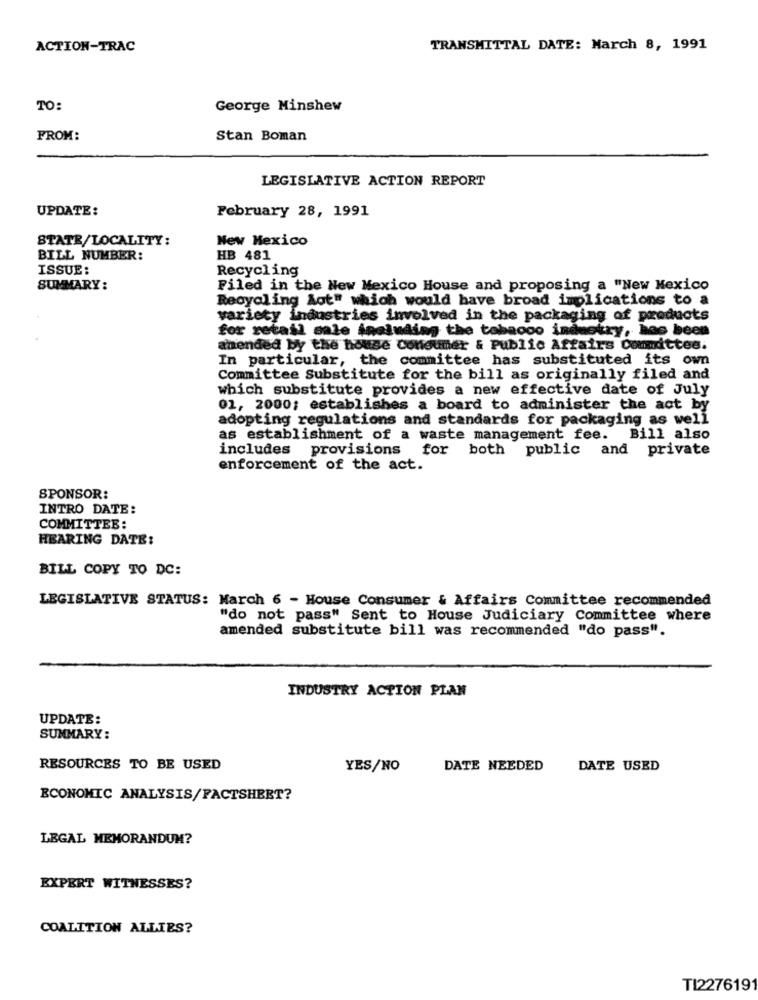
ACTION-TRAC
TRANSMITTAL DATE: March 8, 1991
TO:
George Minshew
FROM:
Stan Boman
LEGISLATIVE ACTION REPORT
UPDATE:
February 28, 1991
STATR/LOCALITY:
New Mexico
BILL NUMBER:
HB 481
ISSUE:
Recycling
SUMMARY:
Filed in the New Mexico House and proposing a "New Mexico
Recycling Aot" which would have broad implications to a
variety industries involved in the packaging of products
for retail sale ineluding the tabaooo industry, has been
amended by the house Consumer & Public Affairs Committee.
In particular, the committee has substituted its own
Committee Substitute for the bill as originally filed and
which substitute provides a new effective date of July
01, 2000; establishes a board to administer the act by
adopting regulations and standards for packaging as well
as establishment of a waste management fee. Bill also
includes provisions for both public and private
enforcement of the act.
SPONSOR:
INTRO DATE:
COMMITTEE:
HEARING DATE:
BILL COPY TO DC:
LEGISLATIVE STATUS: March 6 - House Consumer & Affairs Committee recommended
"do not pass" Sent to House Judiciary Committee where
amended substitute bill was recommended "do pass".
INDUSTRY ACTION PLAN
UPDATE:
SUMMARY:
RESOURCES TO BE USED
YES/NO
DATE NEEDED
DATE USED
ECONOMIC ANALYSIS/FACTSHEET?
LEGAL MEMORANDUM?
EXPERT WITNESSES?
COALITION ALLIES?
TI2276191